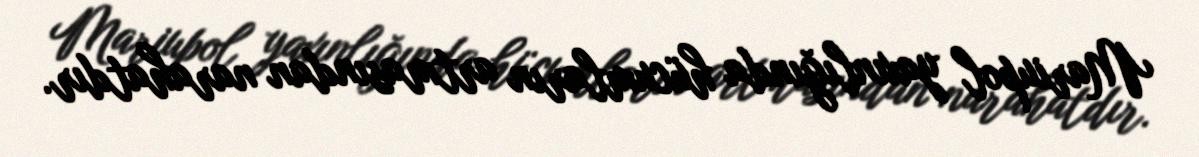
Mariupol yaxınlığında hücumların artmasından narahatdır.